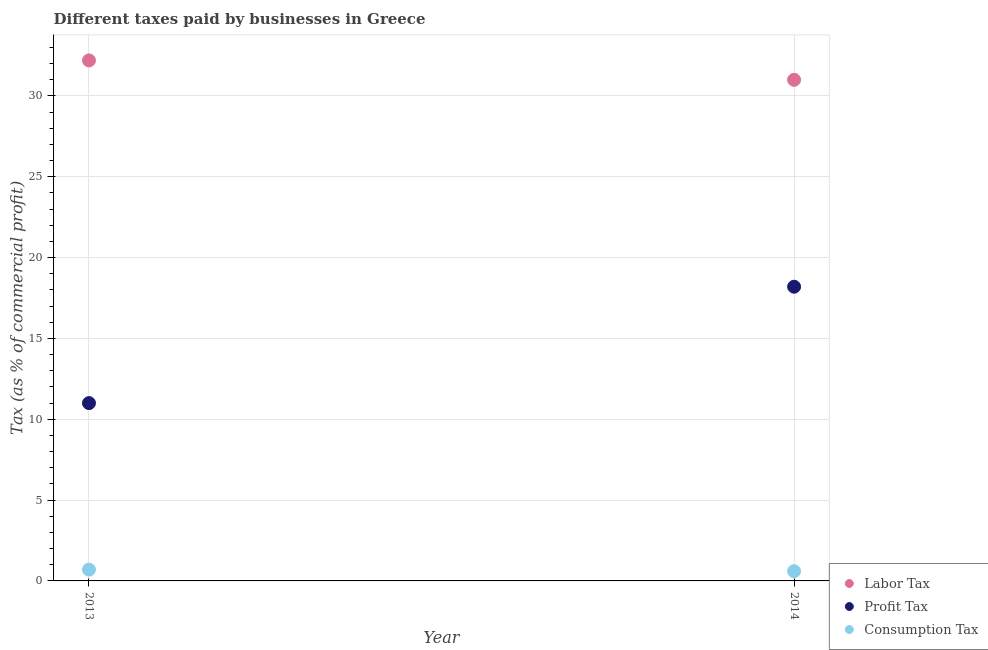
| Year | Labor Tax | Profit Tax | Consumption Tax |
 | --- | --- | --- | --- |
 | 2013 | 32.2 | 11 | 0.7 |
 | 2014 | 31 | 18.2 | 0.6 |